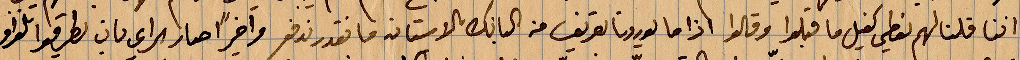
اننا قلنا لهم نعطي كفيل ا قبلوا وقالوا اذا ما لوردنا تعريف من البانك بالاساتنة ما نقدر ندفع واخيرًأ صار سراي بان لطرقوا تلغراف